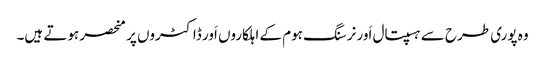
وہ پوری طرح سے ہسپتال اَور نرسنگ ہوم کے اہلکاروں اَور ڈاکٹروں پر منحصر ہوتے ہیں۔